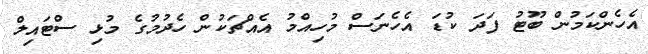
އެހެންކަމުން ބޫޓު ފަދަ ކުޑަ އެހެނަސް މުހިއްމު އެއްޗަކުން ހެދުމުގެ މުޅި ސްޓައިލް